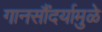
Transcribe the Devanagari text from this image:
गानसौंदर्यामुळे